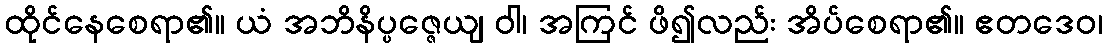
ထိုင်နေစေရာ၏။ ယံ အဘိနိပ္ပဇ္ဇေယျ ဝါ၊ အကြင် ဖိ၍လည်း အိပ်စေရာ၏။ ဧတဒေဝ၊